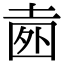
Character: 𡍐